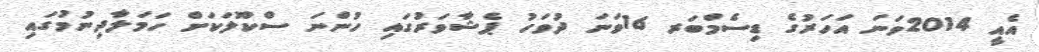
އެއީ 2014ވަނަ އަހަރުގެ ޑިސެމްބަރ 16ވަނަ ދުވަހު ޕެޝާވަރުގައި ހުންނަ ސްކޫލަކަށް ހަމަލާދިނުމުގައި